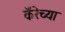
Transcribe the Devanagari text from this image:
कॅरेच्या